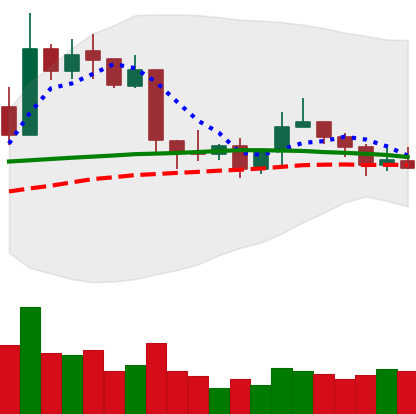
Ticker: XRP-USD
Chart end date: 2019-04-23
Forward return: -7.408%
Label: down_7plus